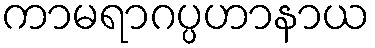
ကာမရာဂပ္ပဟာနာယ